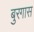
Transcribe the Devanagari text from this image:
बुरगास